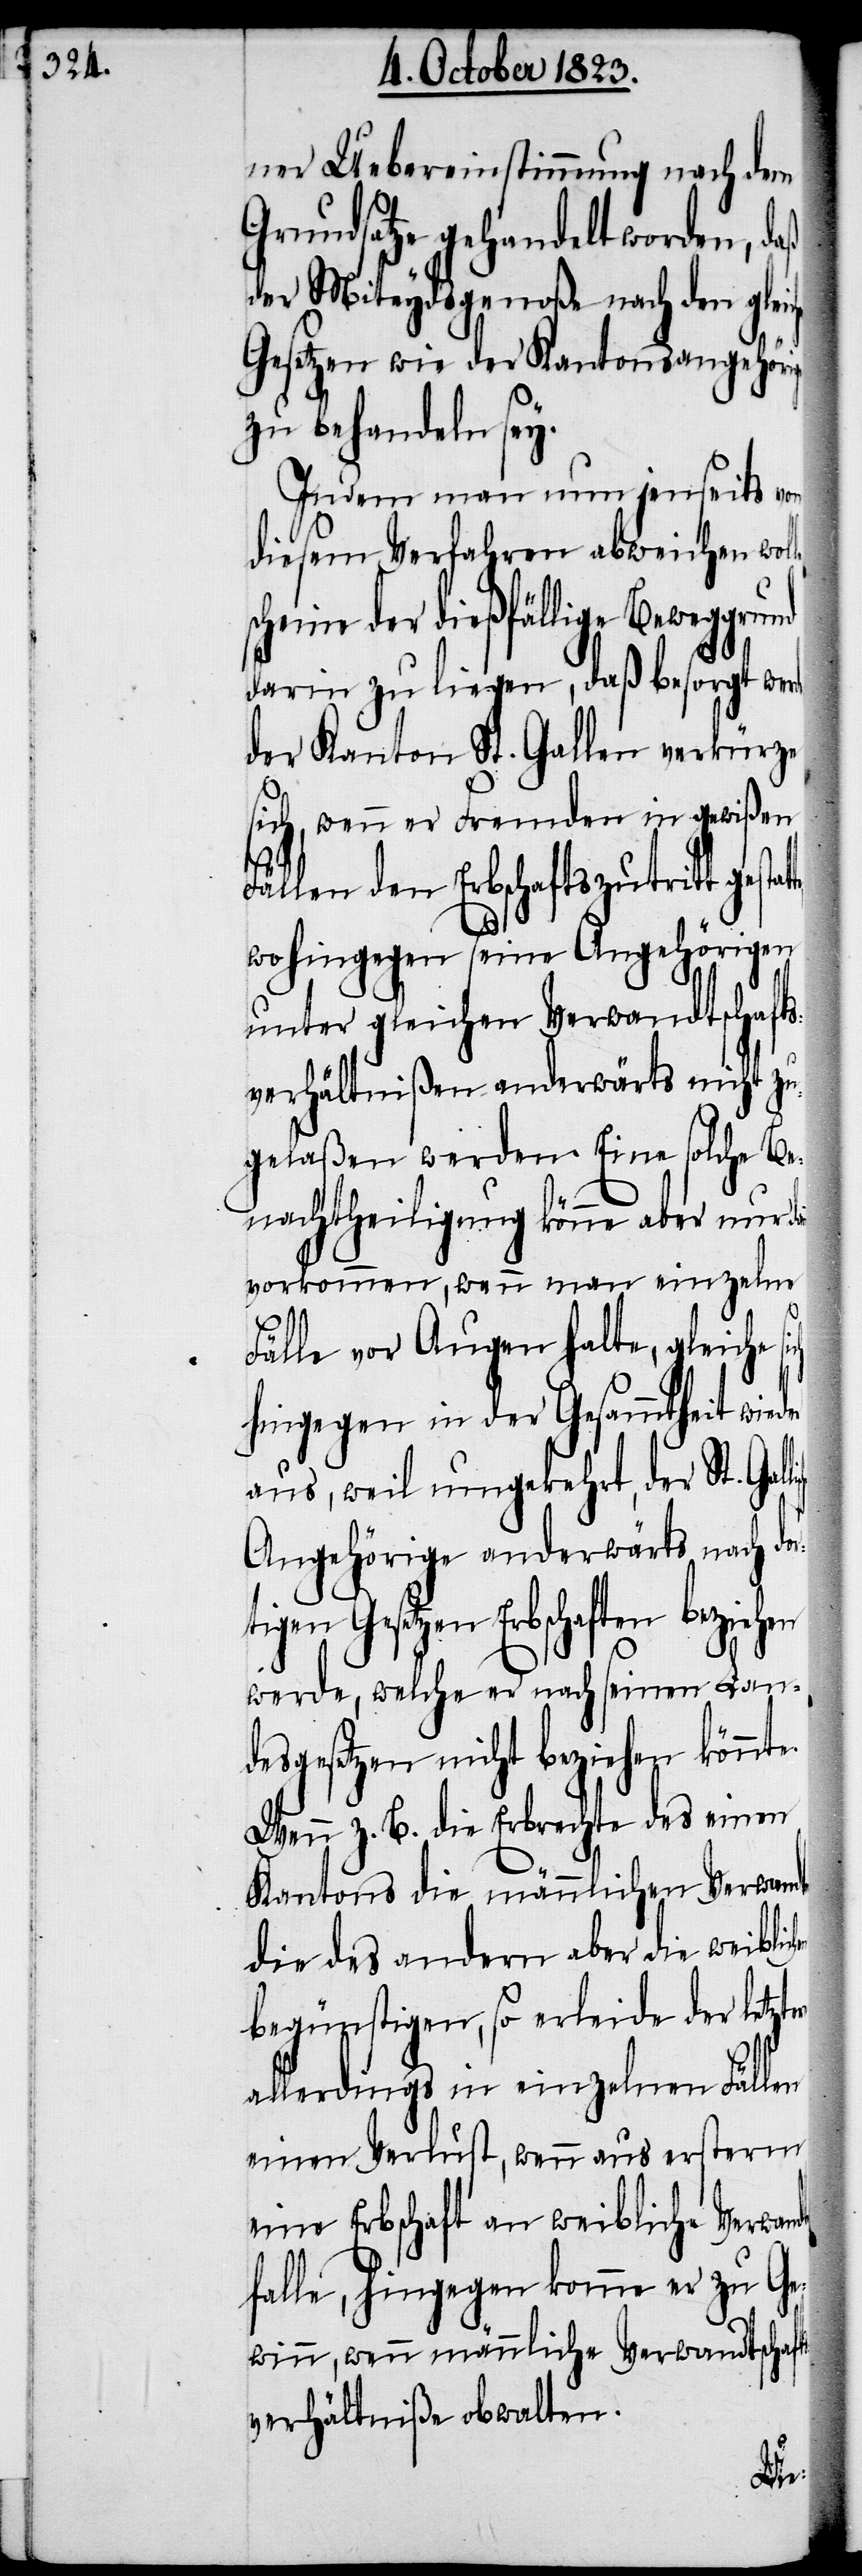
er

ner Uebereinstimmung nach dem
Grundsatze gehandelt worden, daß
der Miteydsgenoße nach den glei¬
Gesetzen wie der Kantonsangehörige
zu behandeln sey.
Indem man nun jenseits von
diesem Verfahren abweichen wol¬
heine der dießfällige Beweggru¬
darin zu liegen, daß besorgt werde,
der Kanton St. Gallen verkürze
sich, wenn er Fremden in gewißen
Fällen den Erbschaftszutritt gesta¬
wohingegen seine Angehörigen
unter gleichen Verwandtschaft¬
sverhältnißen anderwärts nicht zu¬
gelaßen werden. Eine solche Be¬
nachtheiligung könne aber nur da¬
vorkommen, wenn man einzelne
Fälle vor Augen halte, gleiche
hingegen in der Gesammtheit wied¬
aus, weil umgekehrt, der St. Gal¬
Angehörige anderwärts nach do¬
gen Gesetzen Erbschaften beziehen
werde, welche er nach seinen Lan¬
desgesetzen nicht beziehen könnte.
Wenn z. B. die Erbrechte des einen
Kantons die männlichen Verwand¬
die des andern aber die weibli¬
begünstigen, so erleide der letzt¬
allerdings in einzelnen Fällen
einen Verlust, wenn aus ersterm
eine Erbschaft an weibliche Verwan¬
falle, hingegen komme er zu Ge¬
winn, wenn männliche Verwandtschaft¬
sverhältniße obwalten.
dte